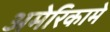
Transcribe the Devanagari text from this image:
अमेरिकामे